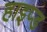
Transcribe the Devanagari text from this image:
हाइप्ड